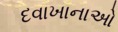
દવાખાનાઓ